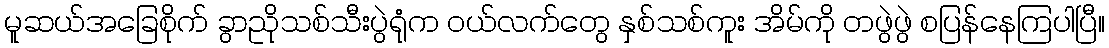
မူဆယ်အခြေစိုက် ခွာညိုသစ်သီးပွဲရုံက ဝယ်လက်တွေ နှစ်သစ်ကူး အိမ်ကို တဖွဲဖွဲ စပြန်နေကြပါပြီ။